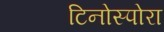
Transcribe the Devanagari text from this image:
टिनोस्पोरा